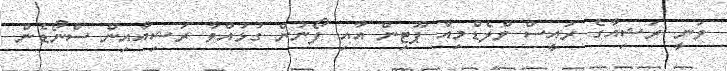
ވަނީ ރަޝިއާގެ ރައީސް ވްލެޑްމިއާ ޕޫޓިން އާއި ފޯނުން ގުޅުއްވާ ރަޝިއާއިން ސްނޯޑެން